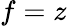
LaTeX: f=z